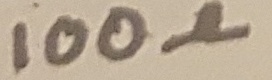
Text: 100Ω